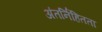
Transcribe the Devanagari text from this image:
अंतर्निहितता